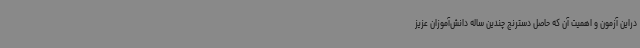
دراین آزمون و اهمیت آن که حاصل دسترنج چندین ساله دانش‌آموزان عزیز